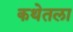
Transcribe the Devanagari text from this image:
कथेतला